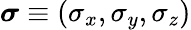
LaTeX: \boldsymbol{\sigma}\equiv(\sigma_{x},\sigma_{y},\sigma_{z})